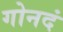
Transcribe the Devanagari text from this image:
गोनदं